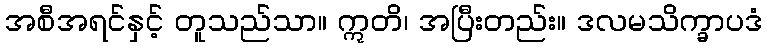
အစီအရင်နှင့် တူသည်သာ။ ဣတိ၊ အပြီးတည်း။ ဒလမသိက္ခာပဒံ